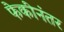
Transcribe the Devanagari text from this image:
फेकीनंतर